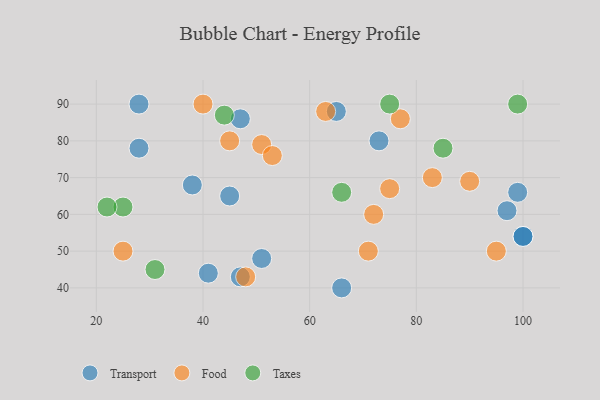
{"axis": {"x": "GDP", "y": "Life Expectancy"}, "legend": ["Food", "Taxes", "Transport"], "data": [{"x": "99", "y": 66, "type": "Transport"}, {"x": "65", "y": 88, "type": "Transport"}, {"x": "100", "y": 54, "type": "Transport"}, {"x": "41", "y": 44, "type": "Transport"}, {"x": "38", "y": 68, "type": "Transport"}, {"x": "66", "y": 40, "type": "Transport"}, {"x": "28", "y": 90, "type": "Transport"}, {"x": "73", "y": 80, "type": "Transport"}, {"x": "51", "y": 48, "type": "Transport"}, {"x": "47", "y": 86, "type": "Transport"}, {"x": "97", "y": 61, "type": "Transport"}, {"x": "45", "y": 65, "type": "Transport"}, {"x": "100", "y": 54, "type": "Transport"}, {"x": "47", "y": 43, "type": "Transport"}, {"x": "28", "y": 78, "type": "Transport"}, {"x": "25", "y": 50, "type": "Food"}, {"x": "51", "y": 79, "type": "Food"}, {"x": "90", "y": 69, "type": "Food"}, {"x": "77", "y": 86, "type": "Food"}, {"x": "53", "y": 76, "type": "Food"}, {"x": "83", "y": 70, "type": "Food"}, {"x": "63", "y": 88, "type": "Food"}, {"x": "40", "y": 90, "type": "Food"}, {"x": "71", "y": 50, "type": "Food"}, {"x": "45", "y": 80, "type": "Food"}, {"x": "75", "y": 67, "type": "Food"}, {"x": "72", "y": 60, "type": "Food"}, {"x": "48", "y": 43, "type": "Food"}, {"x": "95", "y": 50, "type": "Food"}, {"x": "31", "y": 45, "type": "Taxes"}, {"x": "44", "y": 87, "type": "Taxes"}, {"x": "99", "y": 90, "type": "Taxes"}, {"x": "66", "y": 66, "type": "Taxes"}, {"x": "25", "y": 62, "type": "Taxes"}, {"x": "85", "y": 78, "type": "Taxes"}, {"x": "22", "y": 62, "type": "Taxes"}, {"x": "75", "y": 90, "type": "Taxes"}]}